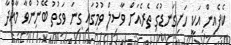
ކެފެއިން އަކީ ހަށިގަނޑުގެ ތެރެއަށް ވާސިލް ވުމުގައި ގިނަ ވަގުތު ބޭނުންވާ މާއްދާ